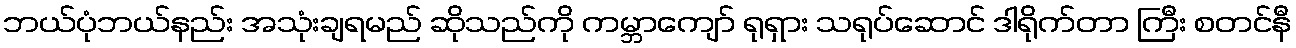
ဘယ်ပုံဘယ်နည်း အသုံးချရမည် ဆိုသည်ကို ကမ္ဘာကျော် ရုရှား သရုပ်ဆောင် ဒါရိုက်တာ ကြီး စတင်နီ